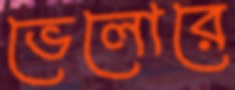
ভেলোরে